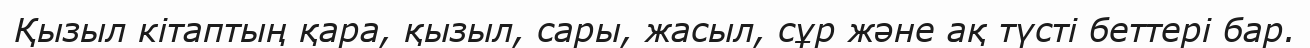
Қызыл кітаптың қара, қызыл, сары, жасыл, сұр және ақ түсті беттері бар.